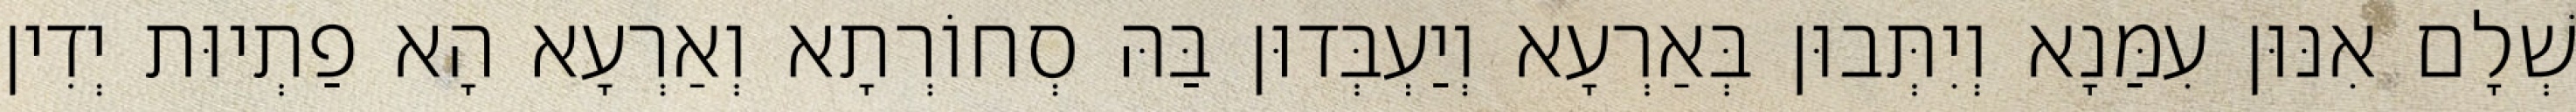
שְׁלָם אִנּוּן עִמַּנָא וְיִתְּבוּן בְּאַרְעָא וְיַעְבְּדוּן בַּהּ סְחוֹרְתָא וְאַרְעָא הָא פַתְיוּת יְדִין